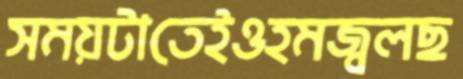
সময়টাতেইওহমজ্বলছ